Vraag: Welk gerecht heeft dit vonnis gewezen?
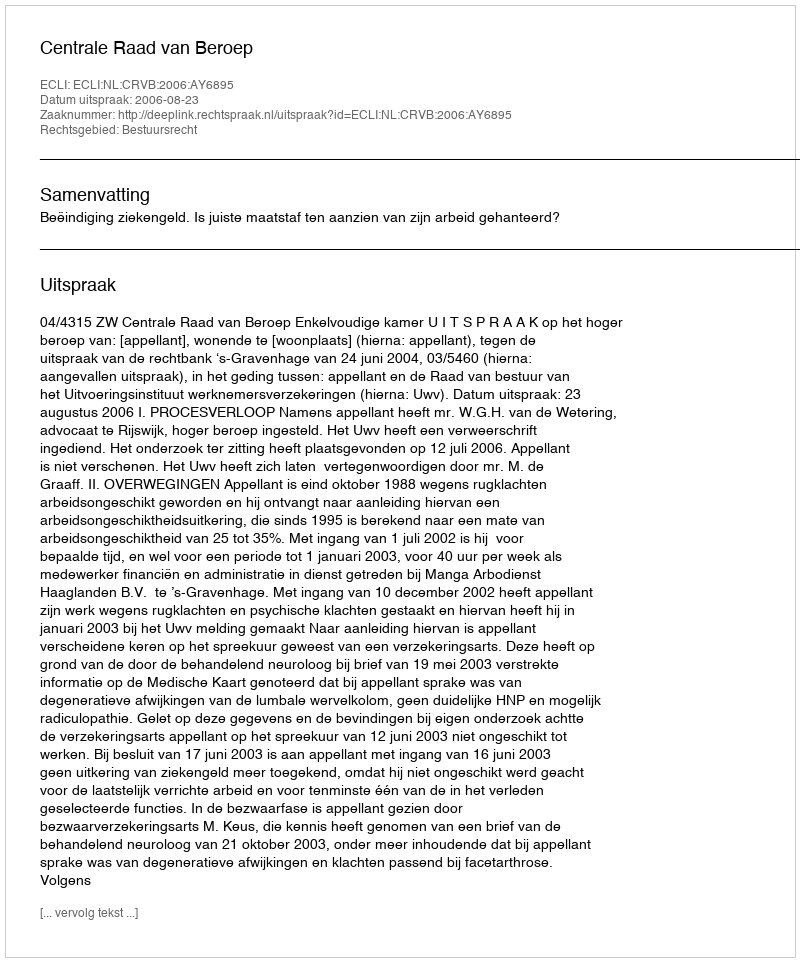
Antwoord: Centrale Raad van Beroep